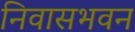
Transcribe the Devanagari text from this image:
निवासभवन